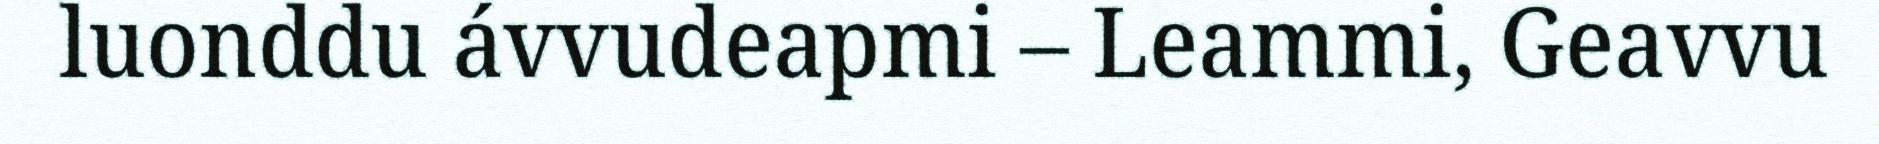
luonddu ávvudeapmi – Leammi, Geavvu